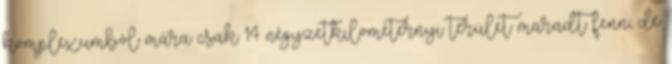
komplexumból mára csak 14 négyzetkilométernyi terület maradt fenn, de